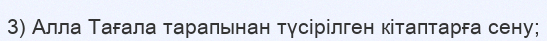
3) Алла Тағала тарапынан түсірілген кітаптарға сену;